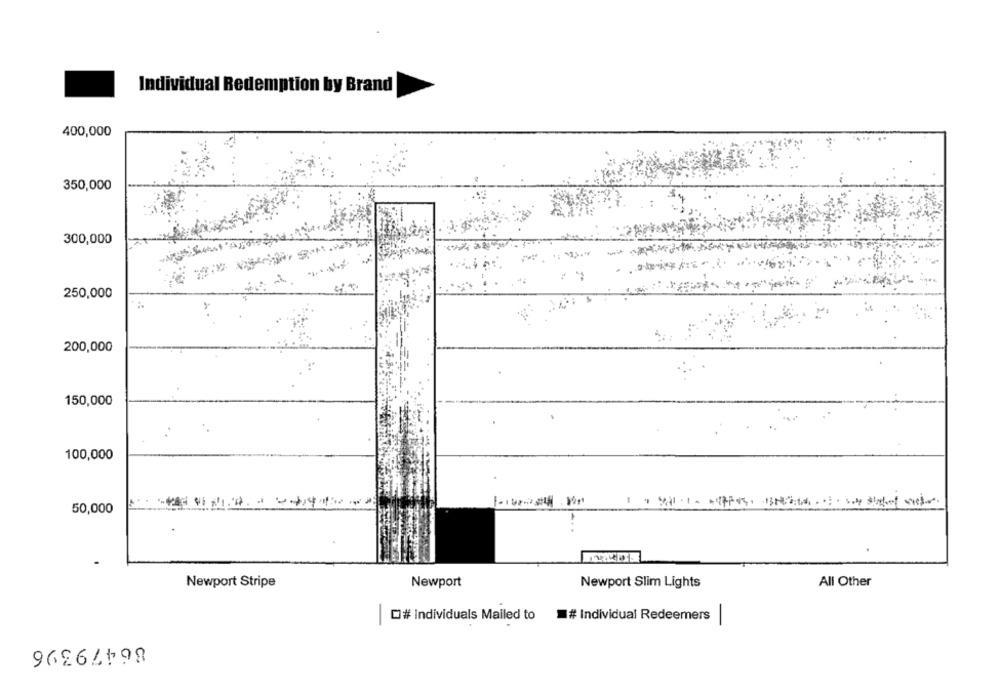
Individual Redemption by Brand
400,000
350,000
300,000
250,000
200,000
150,000
100,000
50,000
Newport Stripe
Newport
Newport Slim Lights
All Other
O# Individuals Mailed to
-
# Individual Redeemers
86479396